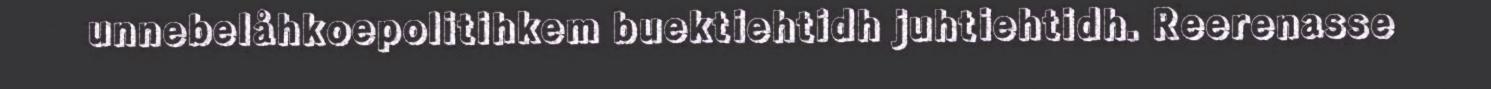
unnebelåhkoepolitihkem buektiehtidh juhtiehtidh. Reerenasse